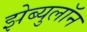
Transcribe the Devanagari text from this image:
झेब्युलॉन